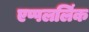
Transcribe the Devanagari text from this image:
एप्पललिंक